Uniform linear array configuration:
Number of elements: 12
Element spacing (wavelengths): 1
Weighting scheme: uniform
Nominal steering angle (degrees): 60
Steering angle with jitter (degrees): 59.38
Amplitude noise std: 0.05
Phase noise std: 0.05

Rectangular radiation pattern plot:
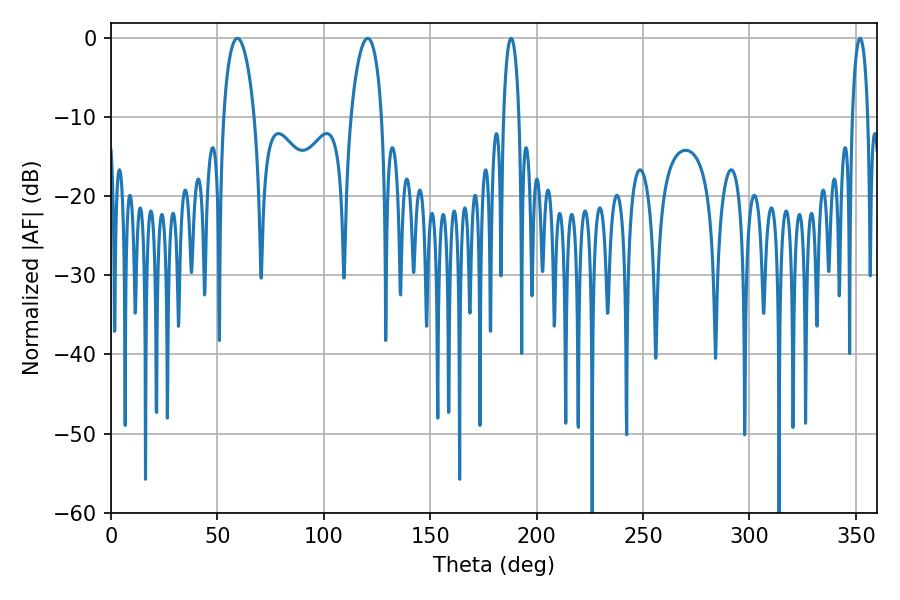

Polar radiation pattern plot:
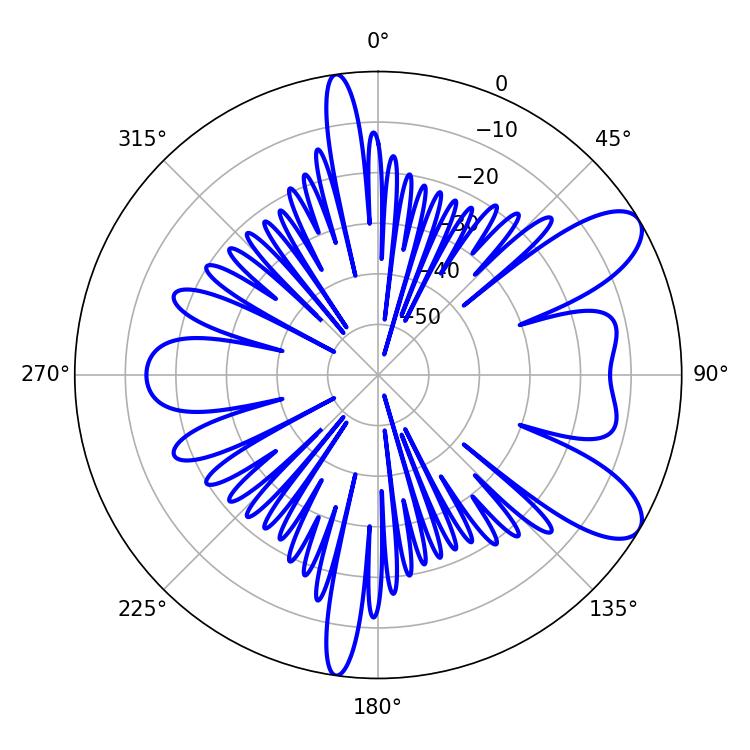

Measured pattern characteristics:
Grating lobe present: TRUE
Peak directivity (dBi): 8.954
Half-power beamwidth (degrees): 8.28
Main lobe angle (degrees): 59.4